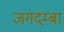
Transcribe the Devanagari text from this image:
जगदम्‍बा